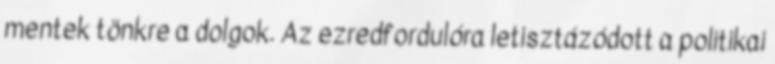
mentek tönkre a dolgok. Az ezredfordulóra letisztázódott a politikai